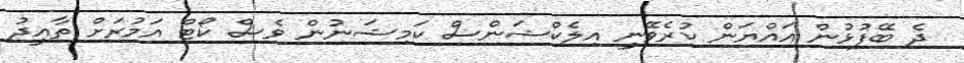
ދެ ބޭފުޅުން އައްޔަން ކުރެވޭނީ އިލެކްޝަންސް ކަމިޝަނުން ވެސް ކޯޓް އަމުރަށް ތާއީދު